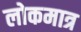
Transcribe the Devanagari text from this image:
लोकमात्र